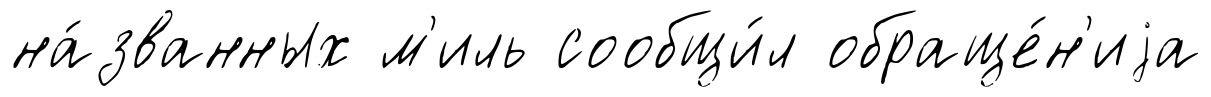
на́званных м'иль сообщи́л обраще́н'иjа